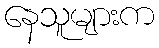
နေသူများက